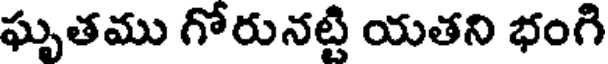
ఘృతము గోరునట్టి యతని భంగి